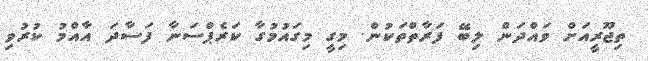
ތިޖޫރީއަށް ވައްދަން ލިބޭ ފަރާތްތަކުން. މިގީ މިގައުމުގާ ކަރެޕްސަނާ ފަސާދަ އާއްމު ކުރުވި